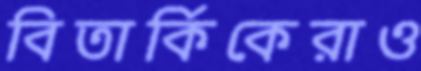
বিতার্কিকেরাও